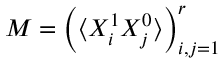
M = \left( \langle X _ { i } ^ { 1 } X _ { j } ^ { 0 } \rangle \right) _ { i , j = 1 } ^ { r }